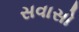
સવાસો